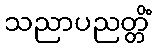
သညာပညတ္တိံ